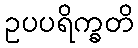
ဥပပရိက္ခတိ